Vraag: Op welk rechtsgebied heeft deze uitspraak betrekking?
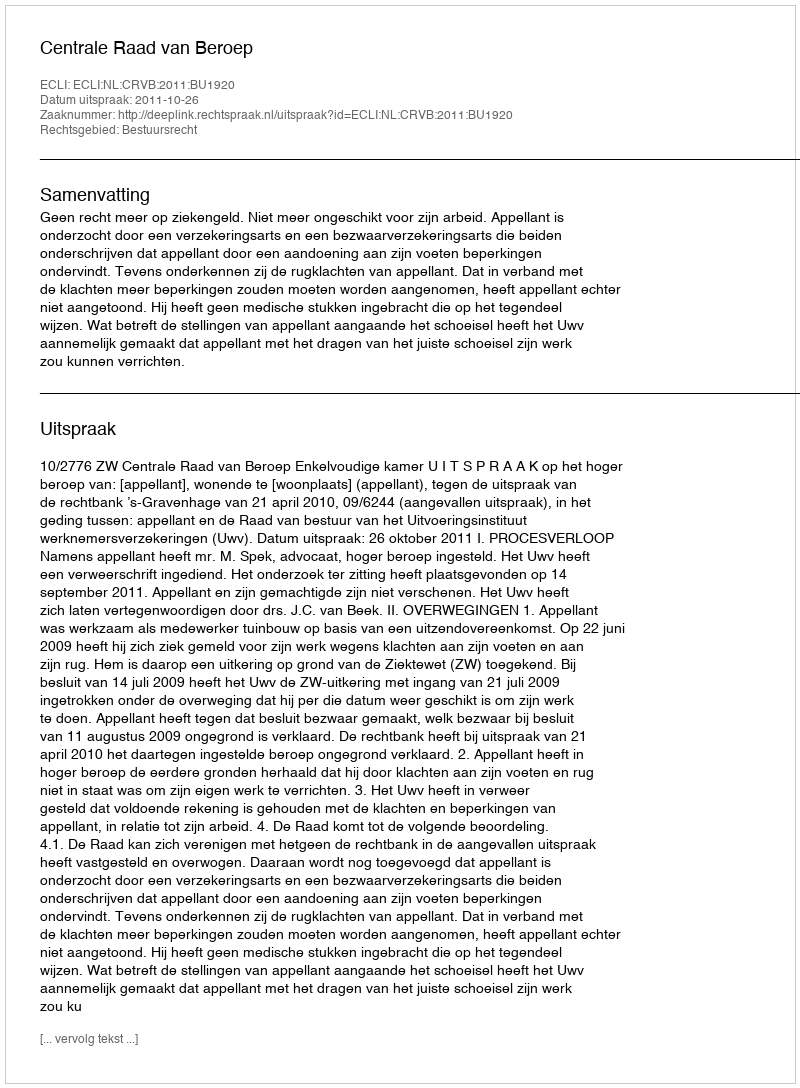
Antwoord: Bestuursrecht